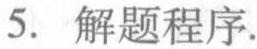
5. 解题程序.